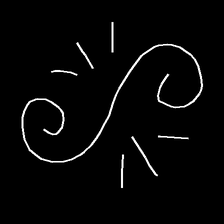
Glyph: wind-directs-air